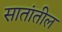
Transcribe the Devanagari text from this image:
सातांतील